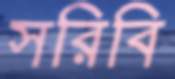
সরিবি